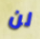
لن